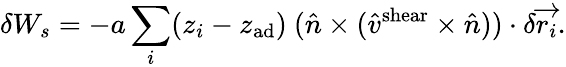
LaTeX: \delta W_{s}=-a\sum_{i}(z_{i}-z_{\mathrm{ad}})~(\hat{n}\times(\hat{v}^{\mathrm{shear}}\times\hat{n}))\cdot\delta\overrightarrow{r_{i}}.